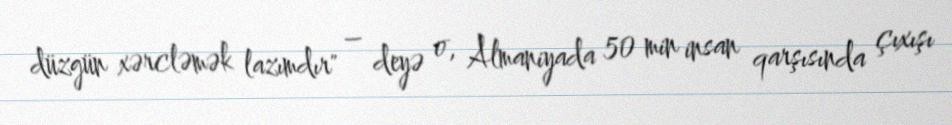
düzgün xərcləmək lazımdır" – deyə o, Almaniyada 50 min insan qarşısında çıxışı